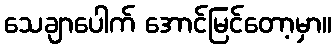
သေချာပေါက် အောင်မြင်တော့မှာ။